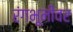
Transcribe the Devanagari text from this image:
रंंगभूमीवर